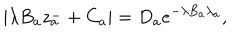
| \lambda B _ { a } z _ { a } ^ { - } + C _ { a } | = D _ { a } e ^ { - \lambda B _ { a } \lambda _ { a } } ,